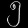
Digit: ၅